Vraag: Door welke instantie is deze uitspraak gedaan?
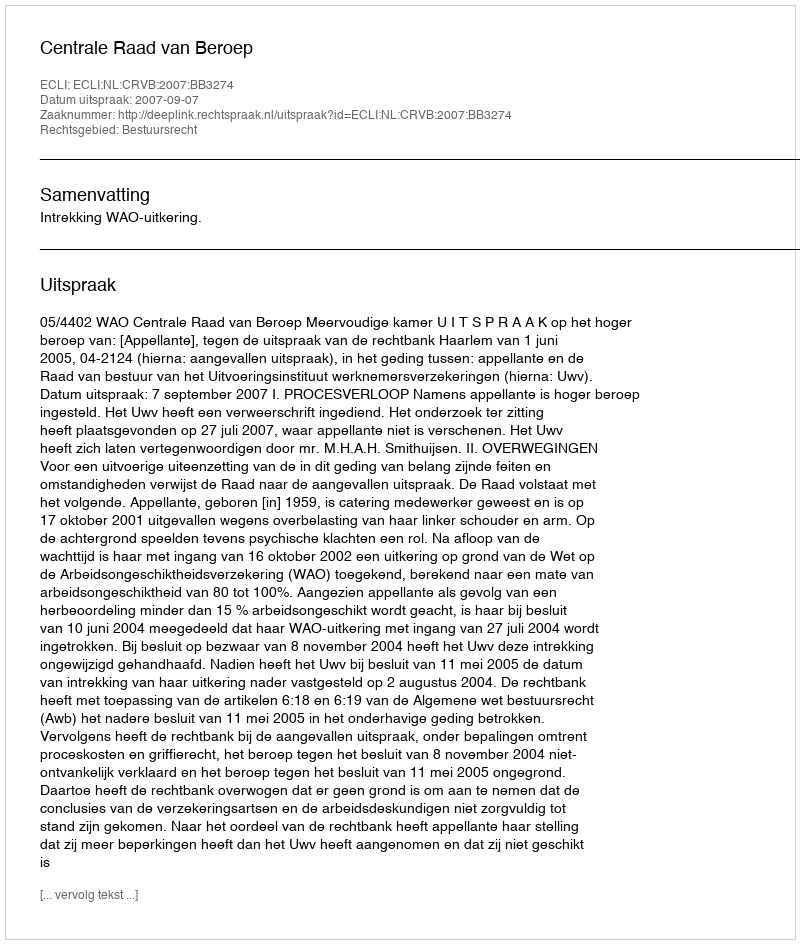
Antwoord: Centrale Raad van Beroep